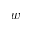
w